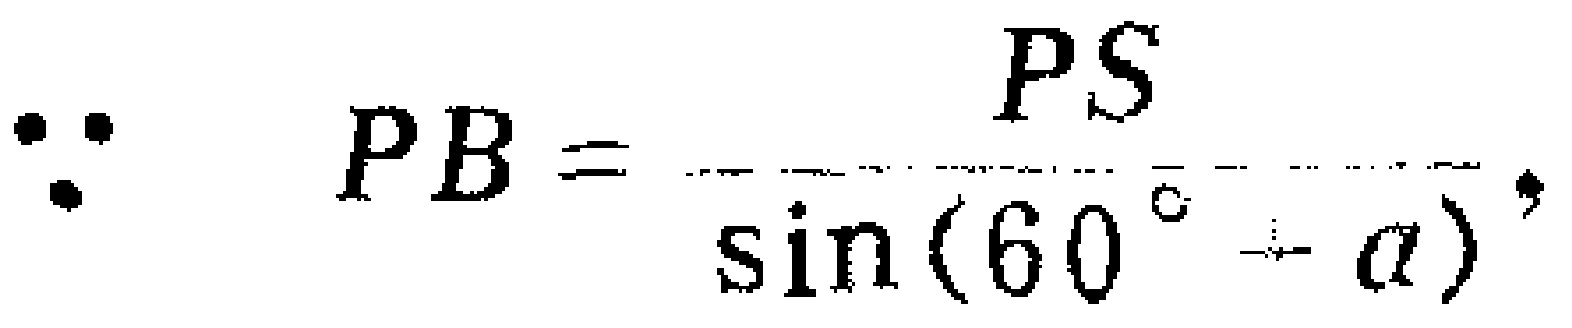
\(\because PB = \frac{PS}{\sin(60^{\circ} + \alpha)}\)